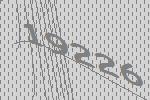
19226